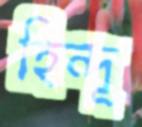
হিন্দূ